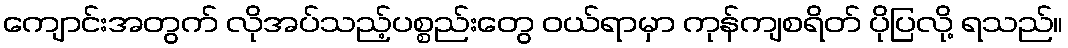
ကျောင်းအတွက် လိုအပ်သည့်ပစ္စည်းတွေ ဝယ်ရာမှာ ကုန်ကျစရိတ် ပိုပြလို့ ရသည်။